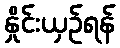
နှိုင်းယှဉ်ရန်